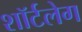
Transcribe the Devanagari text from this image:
शॉर्टलेग